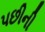
પછીની